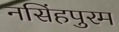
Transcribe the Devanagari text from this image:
नसिंहपुरम